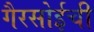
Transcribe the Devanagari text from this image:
गैरसोईची